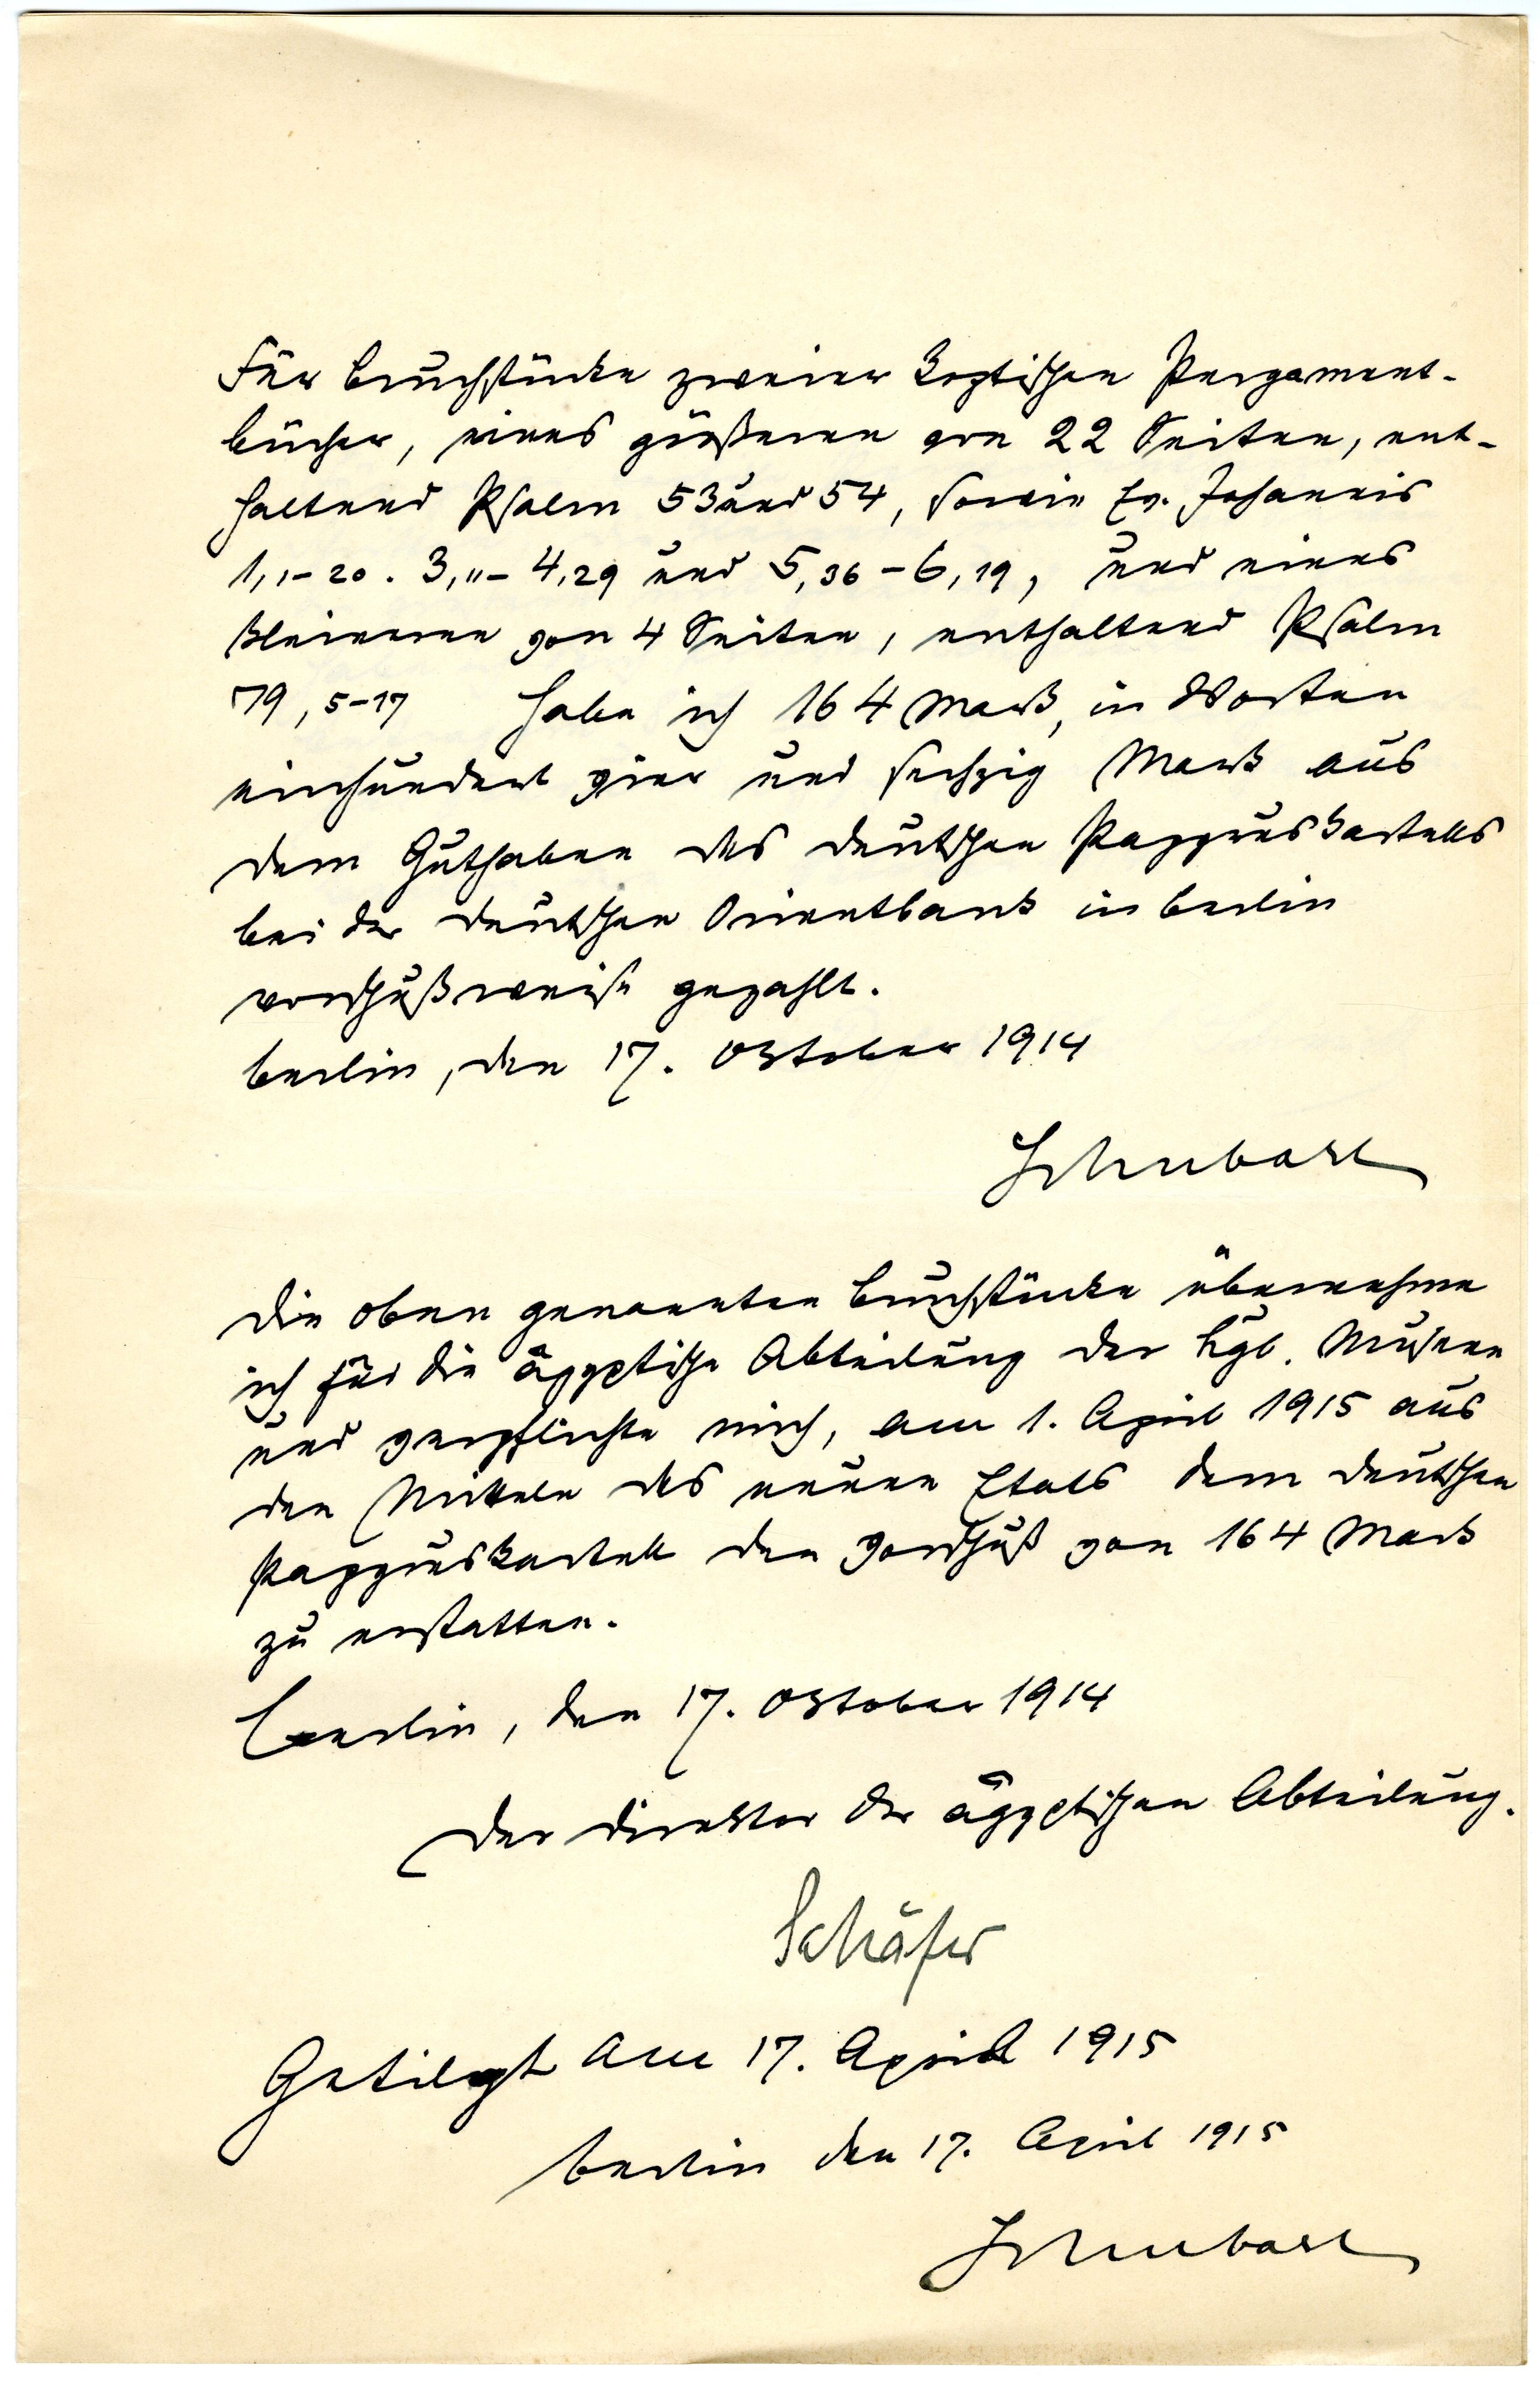
Für Bruchstücke zweier koptischer Pergament¬
bücher, eines größeren von 22 Seiten, ent¬
haltend Psalm 53 und 54, sowie Johannis
1,1-20. 3,2-4,29 und 5,36-6,19, und eines
kleineren von 4 Seiten, enthaltend Psalm
79, 5-17 habe ich 164 Mark, in Worten
einhundert vier und sechzig Mark aus
dem Guthaben des deutschen Papyruskartells
bei der deutschen Orientbank in Berlin
vorschußweise gezahlt.
Berlin, den 17. Oktober 1914
Schubart
Die oben genannten Bruchstücke übernehme
ich für die ägyptische Abteilung der Kgl. Museen
und verpflichte mich, am 1. April 1915 aus
den Mitteln des neuen Etats dem deutschen
Papyruskartell den Vorschuß von 164 Mark
zu erstatten.
Berlin, den 17. Oktober 1914
Der Direktor der ägyptischen Abteilung
Schäfer
Getilgt am 17. April 1915
Berlin den 17. April 1915
Schubart